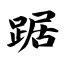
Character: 踞